Sketch of the medical history of the native army of Bombay, for the year
Year: 1870
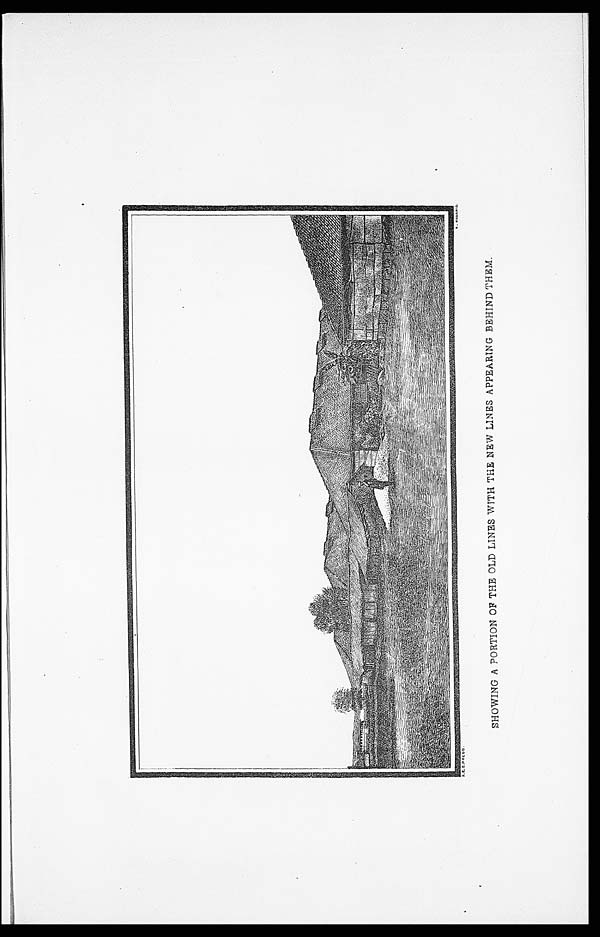
R. ROZARIO.
R. K. E. PRESS.
S H O W I N G A P O R T I O N O F T H E O L D L I N E S W I T H T H E N E W L I N E S A P E A R I N G B E H I N D T H E M .